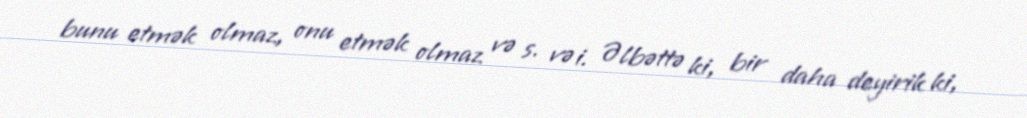
bunu etmək olmaz, onu etmək olmaz və s. və i. Əlbəttə ki, bir daha deyirik ki,